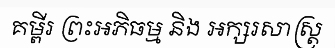
គម្ពីរ ព្រះអភិធម្ម និង អក្សរសាស្ត្រ